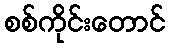
စစ်ကိုင်းတောင်